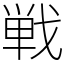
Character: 戦